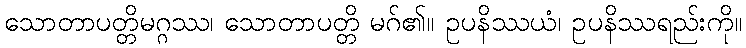
သောတာပတ္တိမဂ္ဂဿ၊ သောတာပတ္တိ မဂ်၏။ ဥပနိဿယံ၊ ဥပနိဿရည်းကို။